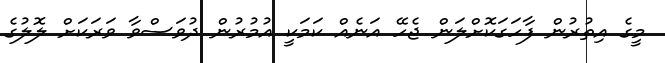
މީގެ އިތުރުން ފާހަގަކޮށްލަން ޖެހޭ އަނެއް ކަމަކީ އުމުރުން ދުވަސްވާ ވަރަކަށް ލޮލުގެ